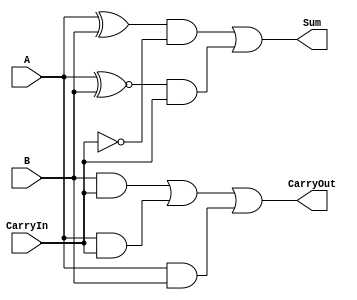
// 1-bit full-adder
module Adder_1bit(Sum, CarryOut, A, B, CarryIn);
	input A, B, CarryIn;
	output Sum, CarryOut;

	assign CarryOut = (B&CarryIn)|(A&CarryIn)|(A&B);
	assign Sum = ((A^B)&~CarryIn)|((A^~B)&CarryIn);

endmodule